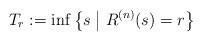
LaTeX: \begin{align*}T_r := \inf \left\{s \; \middle| \; R^{(n)}(s) = r \right\}\end{align*}